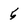
Character: 5